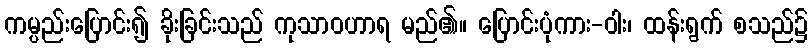
ကမ္ပည်းပြောင်း၍ ခိုးခြင်းသည် ကုသာဝဟာရ မည်၏။ ပြောင်းပုံကား-ဝါး၊ ထန်းရွက် စသည်၌